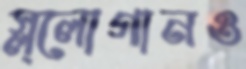
স্ল্লোগানও